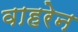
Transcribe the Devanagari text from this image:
वाहरेन